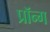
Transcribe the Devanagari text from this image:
प्रॉन्ग